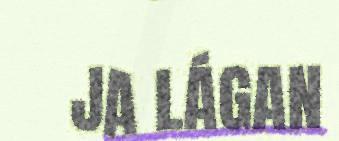
JA LÁGAN